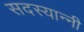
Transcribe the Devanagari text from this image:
सदस्यान्नी